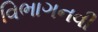
વિભાગનવી